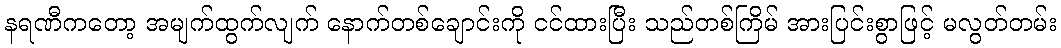
နရဏီကတော့ အမျက်ထွက်လျက် နောက်တစ်ချောင်းကို ငင်ထားပြီး သည်တစ်ကြိမ် အားပြင်းစွာဖြင့် မလွတ်တမ်း